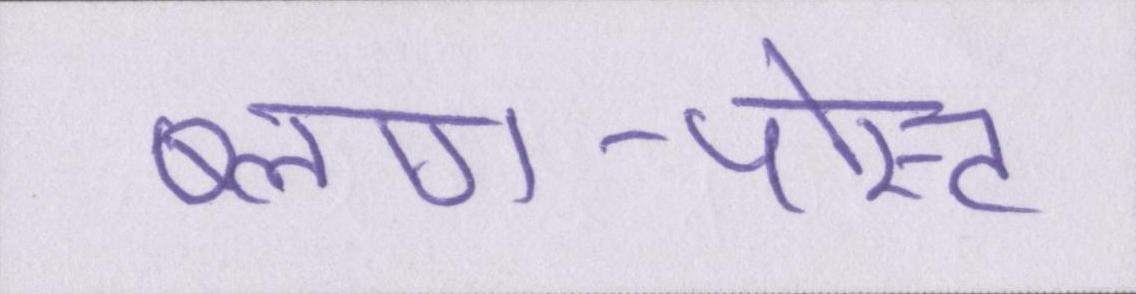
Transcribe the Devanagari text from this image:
ब्लाग-पोस्ट